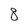
Character: 8